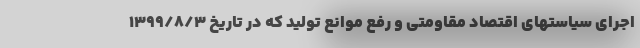
اجرای سیاستهای اقتصاد مقاومتی و رفع موانع تولید که در تاریخ ۱۳۹۹/۸/۳